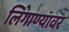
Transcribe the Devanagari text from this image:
लिंगाण्यावर